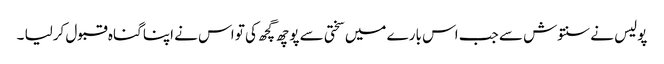
پولیس نے سنتوش سے جب اس بارے میں سختی سے پوچھ گچھ کی تو اس نے اپنا گناہ قبول کرلیا ۔